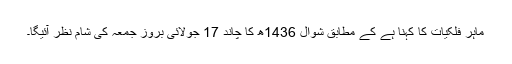
ماہر فلکیات کا کہنا ہے کے مطابق شوال 1436ھ کا چاند 17 جولائی بروز جمعہ کی شام نظر آئیگا۔